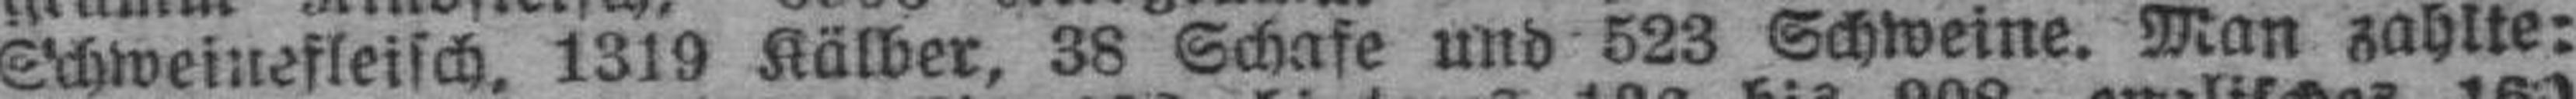
Schweinefleisch, 1319 Kälber, 38 Schafe und 523 Schweine. Man zahlte: